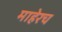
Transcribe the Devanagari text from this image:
माहेरच